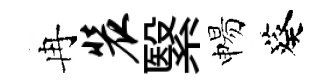
冉装繄惕葵